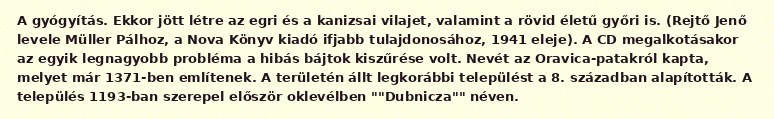
A gyógyítás. Ekkor jött létre az egri és a kanizsai vilajet, valamint a rövid életű győri is. (Rejtő Jenő levele Müller Pálhoz, a Nova Könyv kiadó ifjabb tulajdonosához, 1941 eleje). A CD megalkotásakor az egyik legnagyobb probléma a hibás bájtok kiszűrése volt. Nevét az Oravica-patakról kapta, melyet már 1371-ben említenek. A területén állt legkorábbi települést a 8. században alapították. A település 1193-ban szerepel először oklevélben ""Dubnicza"" néven.